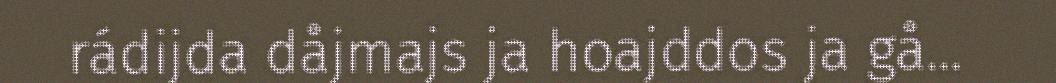
rádijda dåjmajs ja hoajddos ja gå...